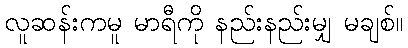
လူဆန်းကမူ မာရီကို နည်းနည်းမျှ မချစ်။